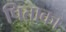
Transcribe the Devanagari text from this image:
पिताका